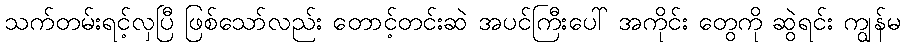
သက်တမ်းရင့်လှပြီ ဖြစ်သော်လည်း တောင့်တင်းဆဲ အပင်ကြီးပေါ် အကိုင်း တွေကို ဆွဲရင်း ကျွန်မ